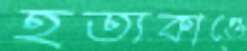
হত্যকাণ্ডে